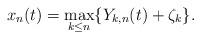
LaTeX: \begin{align*}x_n(t)=\max_{k\leq n}\{Y_{k,n}(t)+\zeta_k\}.\end{align*}